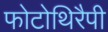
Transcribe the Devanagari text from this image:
फोटोथिरैपी